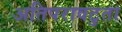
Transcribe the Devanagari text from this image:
अतिपरावटुता